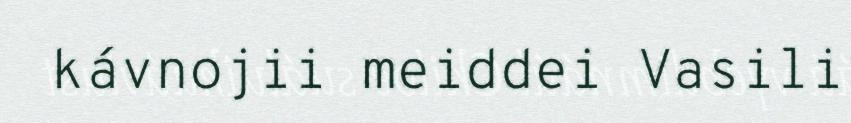
kávnojii meiddei Vasili